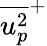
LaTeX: \overline{{u_{p}^{2}}}^{+}